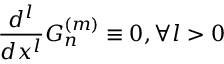
\frac { d ^ { l } } { d x ^ { l } } G _ { n } ^ { ( m ) } \equiv 0 , \forall l > 0